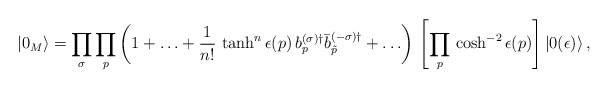
\begin{align*} |0_M\rangle = \prod_\sigma\prod_p \left( 1+\ldots + \frac{1}{n!}\,\tanh^n\epsilon(p)\, b_p^{(\sigma)\dagger} \bar{b}_{\tilde p}^{(-\sigma)\dagger}+\ldots \right)\, \left[\prod_p\,\cosh^{-2} \epsilon(p)\right] |0(\epsilon)\rangle\,{,}\end{align*}